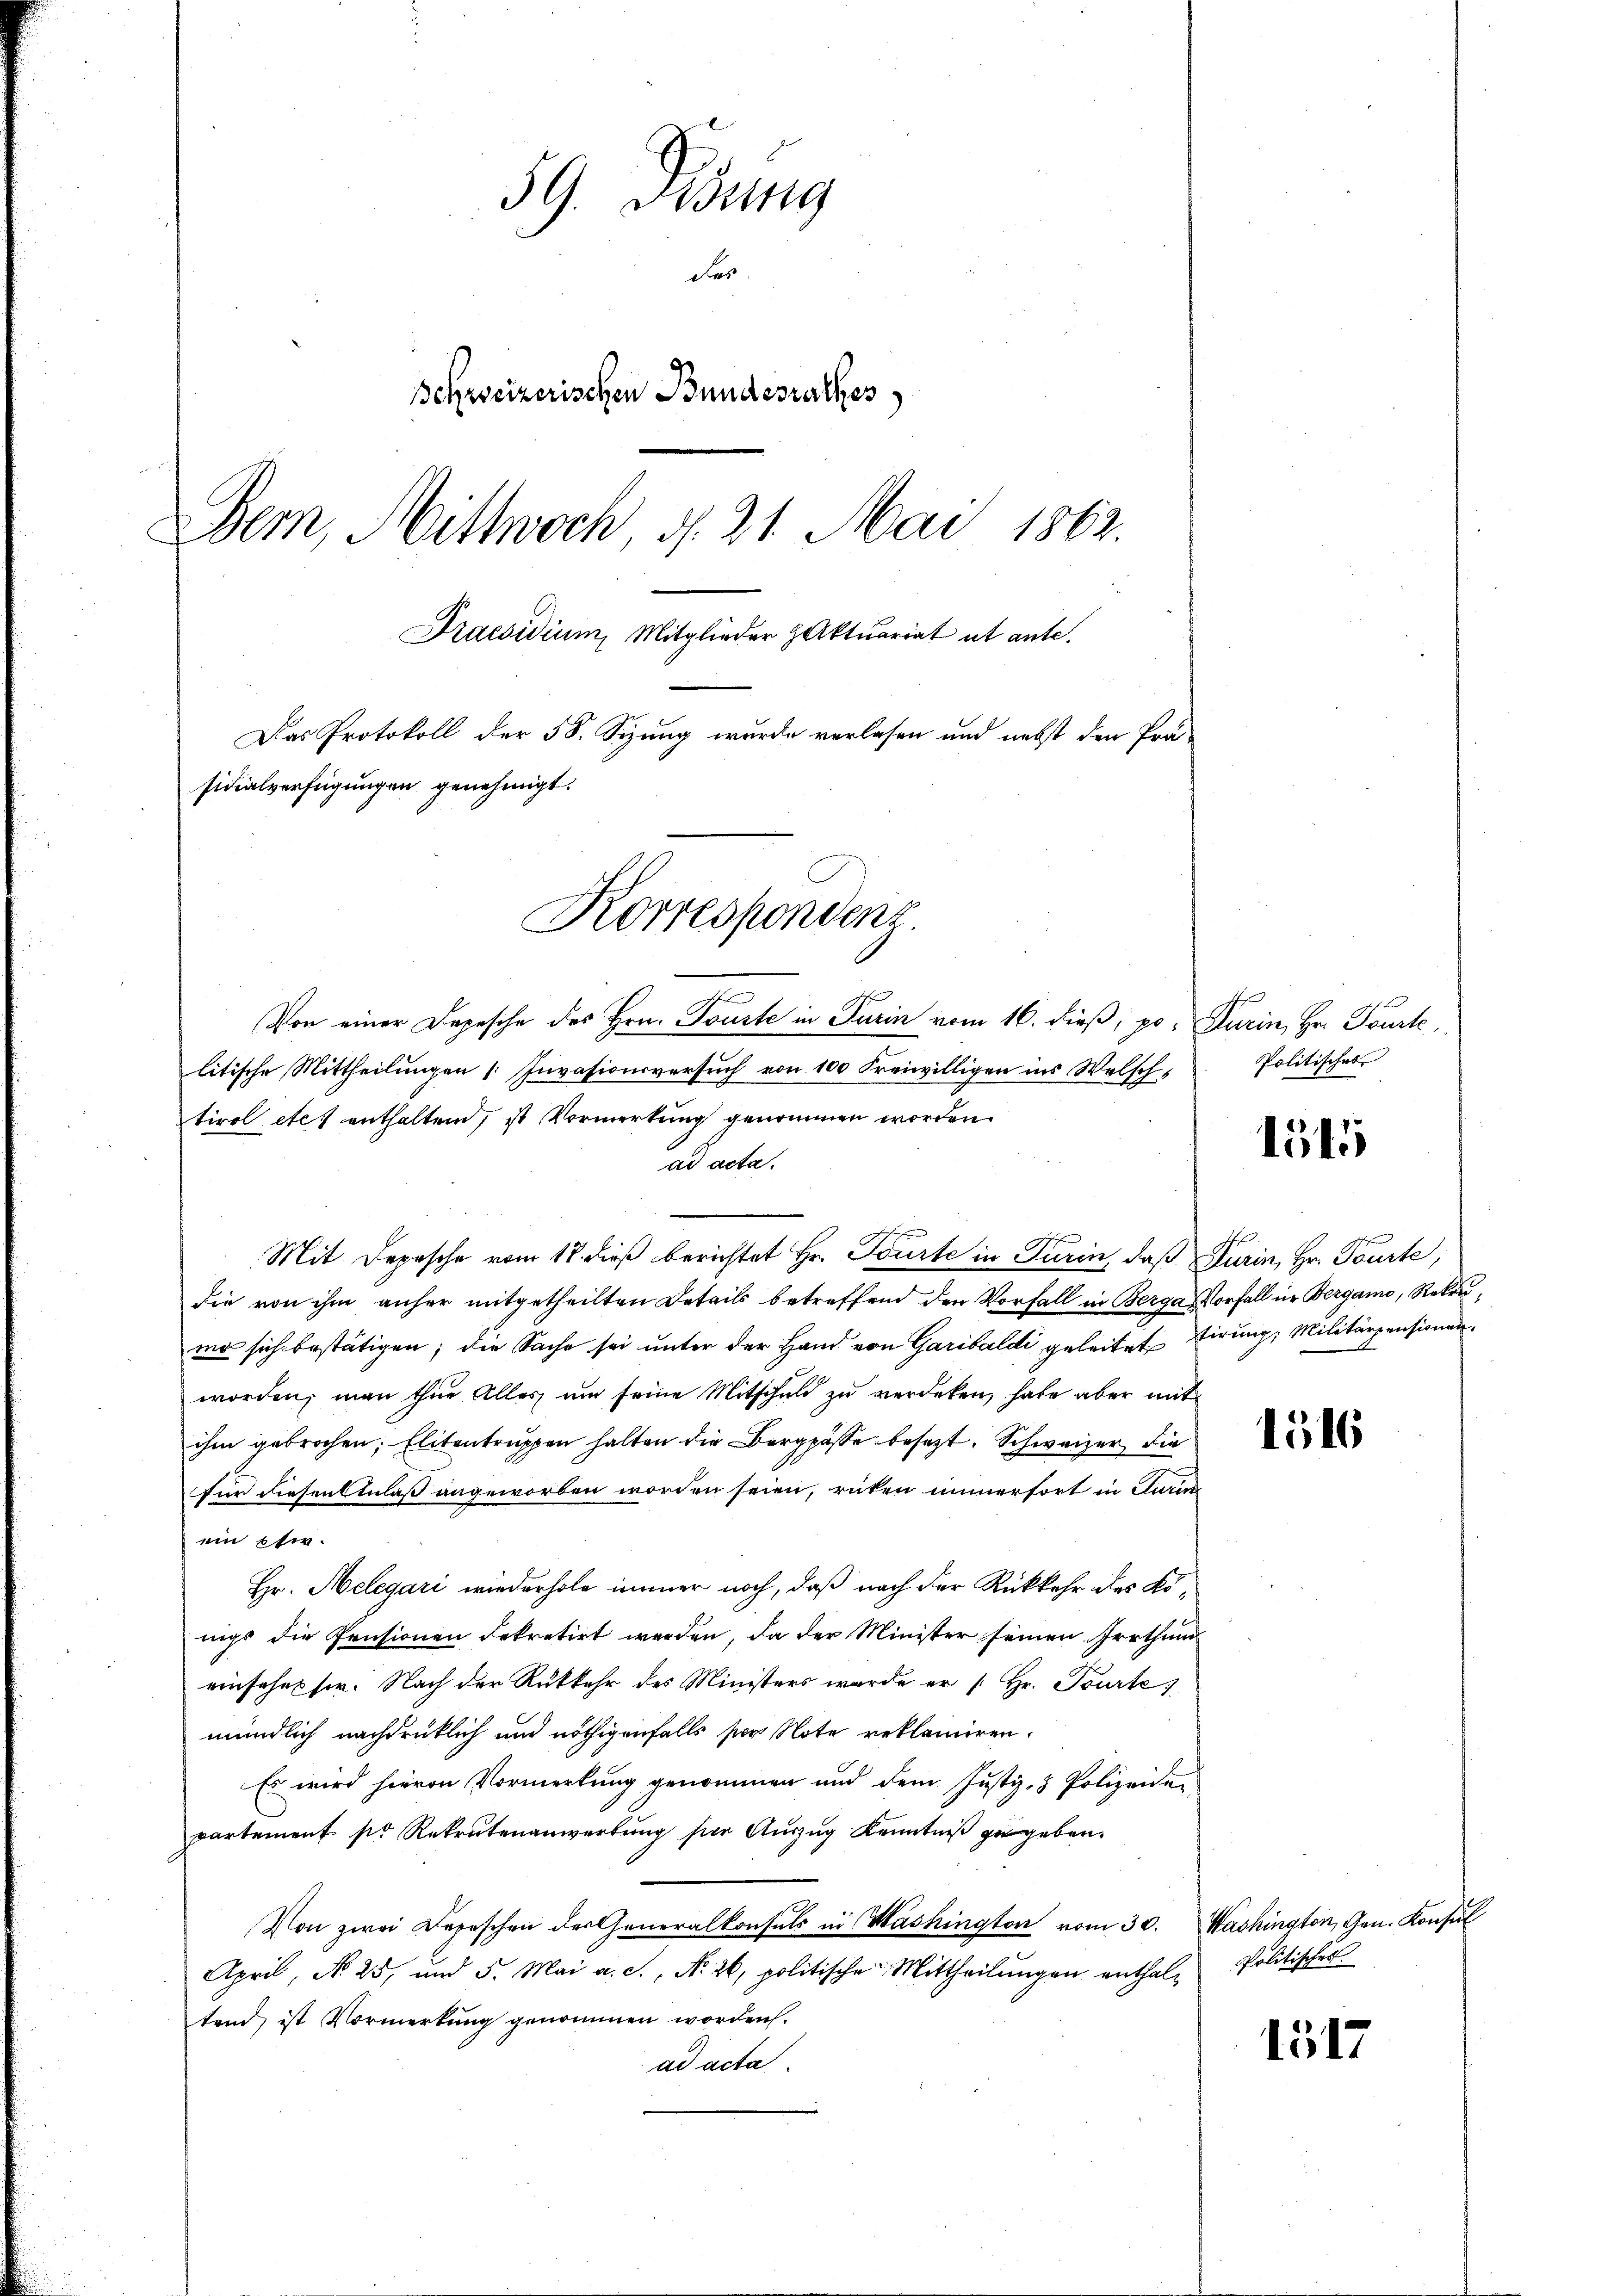
59. Disung
des
Schweizerischen Bundesrathes
Dem, Mittwoch §. 21. Mai 1862.
Praesidium Mitglieder Aktuariat ut ante.
Das Protokoll der 58. Sizung wurde verlesen und nebst den Präsidialverfügungen genehmigt.
Korrespondenz.

Von einer Depesche des Hrn. Tourte in Turin vom 16. dieß; po. Turin, Hr. Tourte,
litische Mittheilungen Invasionsversuch von 100 Freiwilligen ins Welsch,
tirol etc. enthaltend, ist Vormerkung genommen worden.
ad acta.
f
Mit Depesche vom 18. dieß berichtet Hr. Tourte in Turin, daß Turin, Hr. Tourte,
die von ihm anher mitgetheilten Details betreffend den Vorfall in Berga, Vorfall in Bergamo, Rekrunie sich bestätigen; die Sache sei unter der Hand von Garibaldi geleitet firung, Militärpensionen
worden, man thue aller ŭm seine Mitschuld zŭ verdeken, habe aber mit
ihm gebrochen; Elitentruppen halten die Bergpässe besezt. Schweizer die
für diesen Anlaß angeworben worden seien, rücken innerfort in Turin
ein Ehe.
Hr. Helegari wiederhole immer noch, daß nach der Rückkehr des Königs die Pensionen dekretirt werden, da der Minister seinen Irrthum
einsches sie. Nach der Rükkehr des Ministers wurde er [Hr. Tourte
mündlich nachdrücklich und nöthigenfalls per Note reklamiren.
Es wird hievon Vormerkung genommen und dem Justiz- & Polizeiden
partement pr Rekrutenanwerbung für Auszug Kenntniß zu geben.
Von zwei Depeschen der Generalkonsuls in Washington vom 30. Washington, Gen. Konsul
April, No 25, und 5. Mai a. c., N. 26, politische Mittheilungen enthaltend, ist Vormerkung genommen worden.
ad acta.

Politisches

1515

1516

Politisches

1517